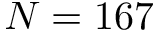
N = 1 6 7